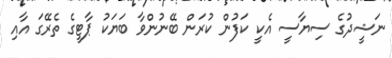
ނަޝީދުގެ ސިޔާސީ އެކީ ކަފުން ކުރަން ބޭނުންވާ ބަޔަކު ޕާޓީގެ ތެރޭގަ އާއި